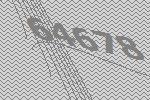
64678